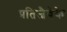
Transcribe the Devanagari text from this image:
प्रतिजैवेके